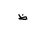
Letter: _za